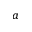
^ a